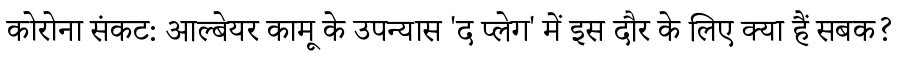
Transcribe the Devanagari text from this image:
कोरोना संकट: आल्बेयर कामू के उपन्यास 'द प्लेग' में इस दौर के लिए क्या हैं सबक?